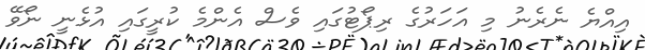
އިއްޔެ ނެރެނު މި އަހަރުގެ ރިޕޯޓުގައި ވެސް އެންމެ ކުރީގައި އުޅެނީ ނޯވޭ